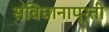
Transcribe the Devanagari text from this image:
संविधानाप्रती